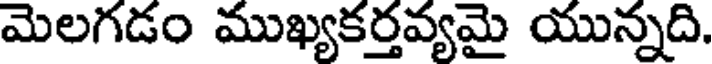
మెలగడం ముఖ్యకర్తవ్యమై యున్నది.